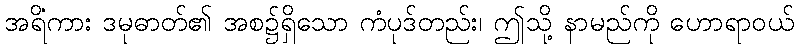
အရိံကား ဒမုဓာတ်၏ အစ၌ရှိသော ကံပုဒ်တည်း၊ ဤသို့ နာမည်ကို ဟောရာဝယ်